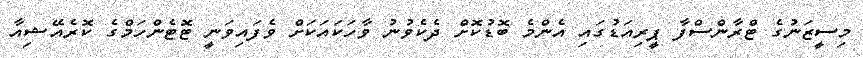
މިސީޒަނުގެ ޓްރާންސްފާ ޕީރިއަޑުގައި އެންމެ ބޮޑުކޮށް ދެކެވުނު ވާހަކައަކަށް ވެފައިވަނީ ޓޮޓެންހަމްގެ ކޮރެއޭޝިއާ